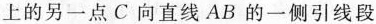
上的另一点C向直线AB的一侧引线段